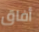
أفاق